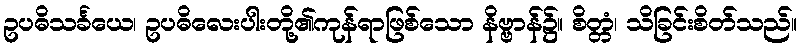
ဥပဓိသင်္ခယေ၊ ဥပဓိလေးပါးတို့၏ကုန်ရာဖြစ်သော နိဗ္ဗာန်၌။ စိတ္တံ၊ သိခြင်းစိတ်သည်။